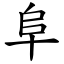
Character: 阜